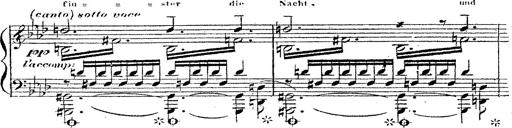
Title: 12 Lieder von Franz Schubert
Composer: Franz Liszt